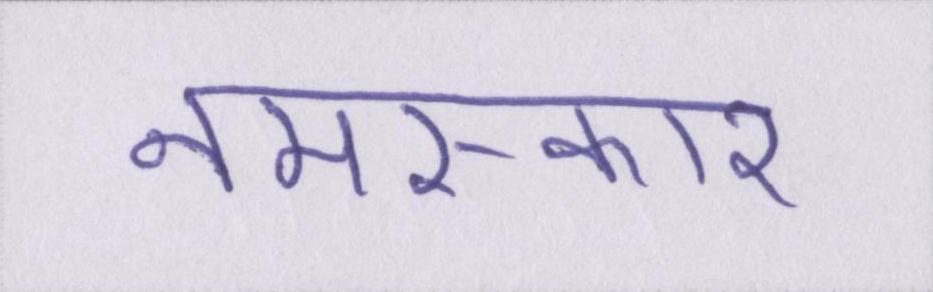
नमस्कार